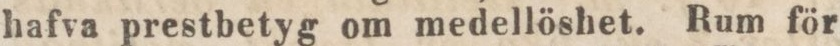
hafva prestbetyg om medellöshet. Rum för